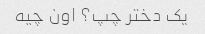
یک دختر چپ؟ اون چیه